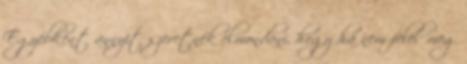
Egyébként annyit szeretnék elmondani, hogy ha nem felel meg